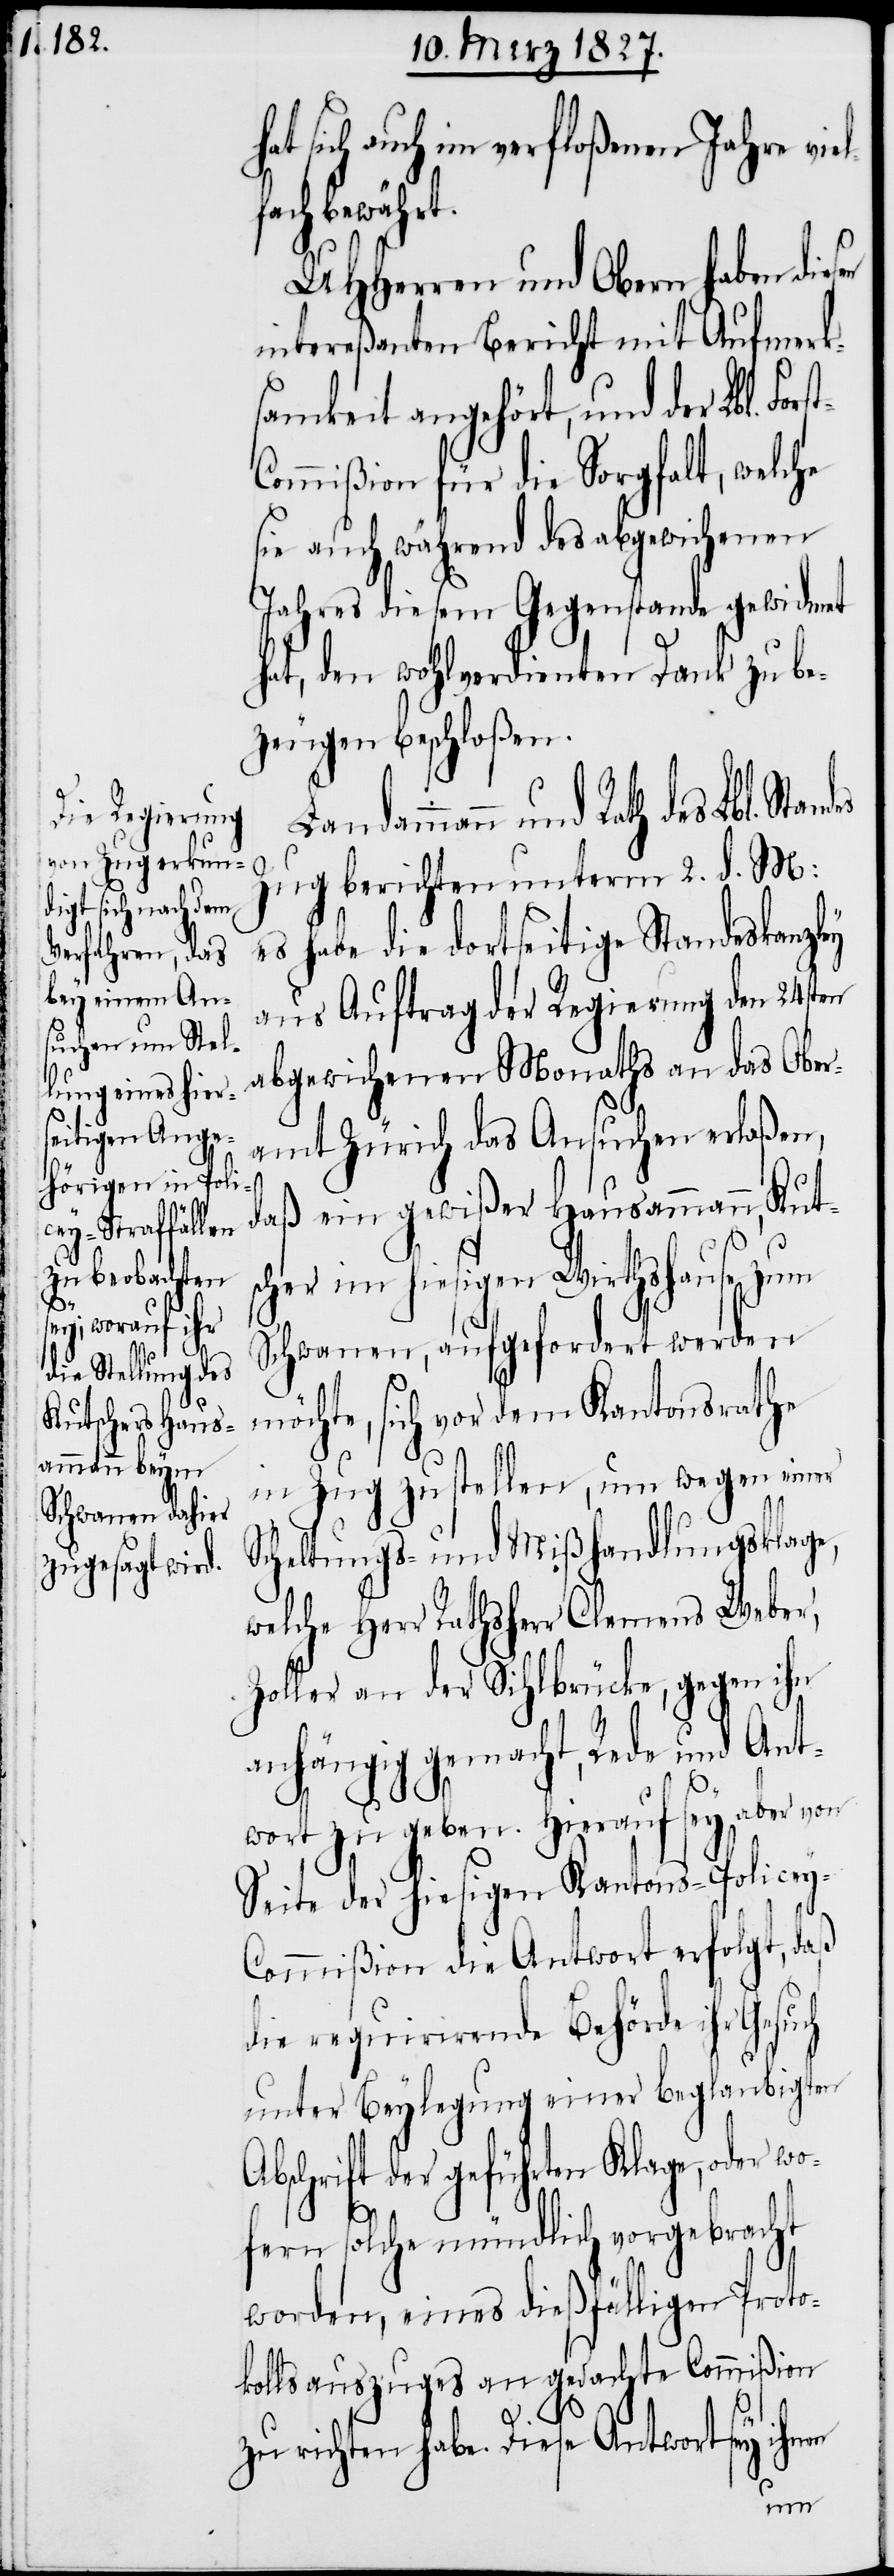
hat sich auch im verfloßenen Jahre viel¬
fach bewährt.
UHHerren und Obern haben die¬
intereßanten Bericht mit Aufmerk¬
samkeit angehört, und der Lbl. Fors¬
ommißion für die Sorgfalt, welche
sie auch während des abgewichenen
Jahres diesem Gegenstande gewidmet
hat, den wohlverdienten Dank zu be¬
zeugen beschloßen.
Landammann und Rath
Zug berichten unterm 2. d. M:
es habe die dortseitige Standeskanzley
aus Auftrag der Regierung den 24sten
abgewichenen Monaths an das Ober¬
amt Zürich das Ansuchen erlaßen,
daß ein gewißer Hausammann, Kuts¬
cher im hiesigen Wirthshause zum
Schwanen, aufgefordert werden
möchte, sich vor dem Kantonsrathe
in Zug zu stellen, um wegen einer
Scheltungs- und Mißhandlungsklage,
welche Herr Rathsherr Clemens Weber,
Zoller an der Sihlbrücke, gegen ihn
anhängig gemacht, Rede und Ant¬
wort zu geben. Hierauf sey aber von
Seite der hiesigen Kantons-Policey-C¬
ommißion die Antwort erfolgt, daß
die requirirende Behörde ihr Gesuch
unter Beylegung einer beglaubigten
Abschrift der geführten Klage, oder wo¬
fern solche mündlich vorgebracht
worden, eines dießfälligen Proto¬
kollsauszuges an gedachte Commißion
t-C¬
zu richten habe. Diese Antwort sey ihnen
sen